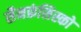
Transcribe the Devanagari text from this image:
सैनफ्रंसिस्को